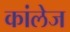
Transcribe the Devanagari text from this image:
कांलेज